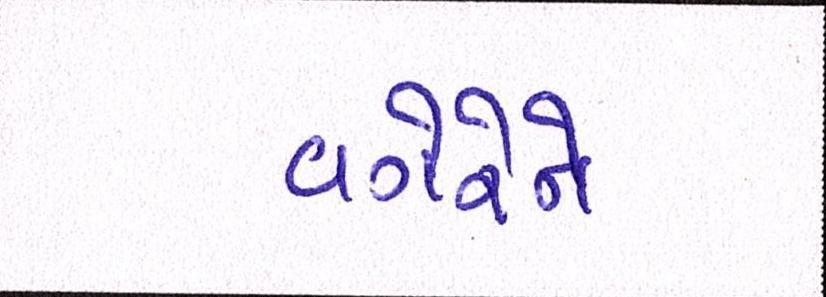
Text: વગેરેને